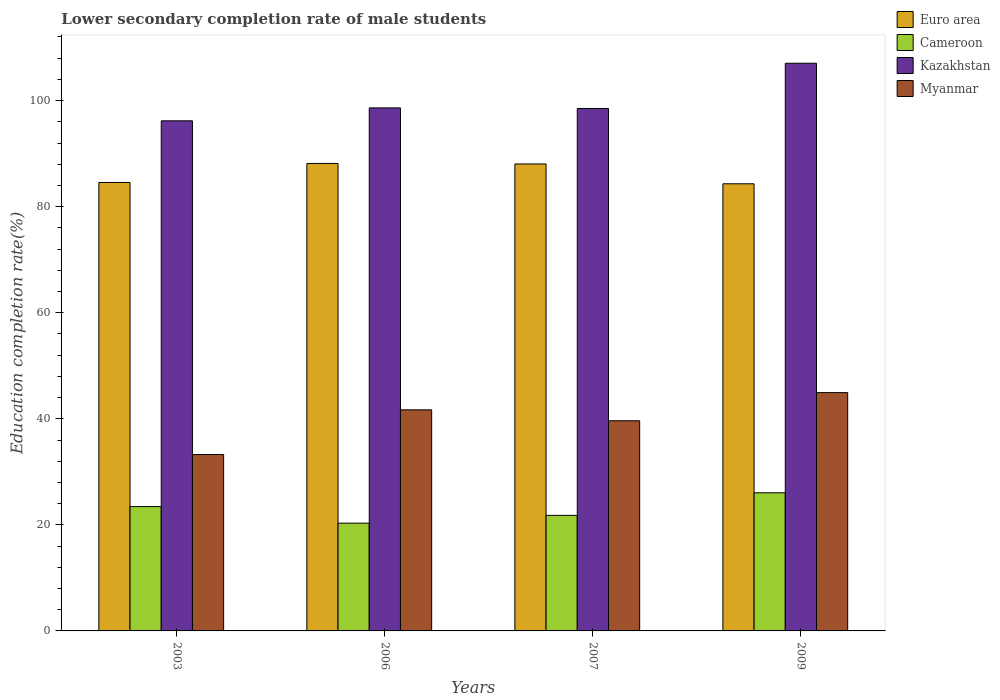
| Years | Euro area | Cameroon | Kazakhstan | Myanmar |
 | --- | --- | --- | --- | --- |
 | 2003 | 84.6 | 23.4 | 96.2 | 33.3 |
 | 2006 | 88.1 | 20.3 | 98.6 | 41.7 |
 | 2007 | 88.1 | 21.8 | 98.5 | 39.6 |
 | 2009 | 84.3 | 26 | 107 | 44.9 |